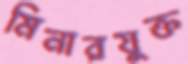
মিনারযুক্ত